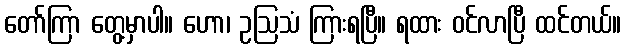
တော်ကြာ တွေ့မှာပါ။ ဟော၊ ဥဩသံ ကြားရပြီ။ ရထား ဝင်လာပြီ ထင်တယ်။